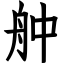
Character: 舯